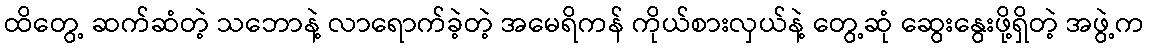
ထိတွေ့ ဆက်ဆံတဲ့ သဘောနဲ့ လာရောက်ခဲ့တဲ့ အမေရိကန် ကိုယ်စားလှယ်နဲ့ တွေ့ဆုံ ဆွေးနွေးဖို့ရှိတဲ့ အဖွဲ့က